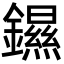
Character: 䥪